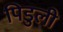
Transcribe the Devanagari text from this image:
पिडुली